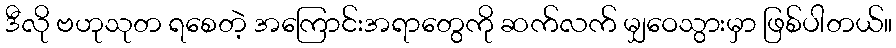
ဒီလို ဗဟုသုတ ရစေတဲ့ အကြောင်းအရာတွေကို ဆက်လက် မျှဝေသွားမှာ ဖြစ်ပါတယ်။